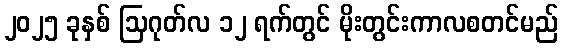
၂၀၂၅ ခုနှစ် ဩဂုတ်လ ၁၂ ရက်တွင် မိုးတွင်းကာလစတင်မည်